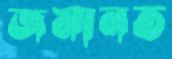
জমানত